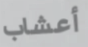
أعشاب